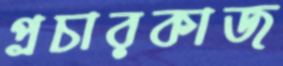
প্রচারকাজ